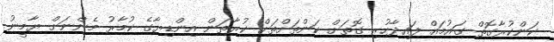
ކަންކުރާގޮތް ގައުމައް ފައިދާހުރި ގޮތަށް ކަންތަށްތަށް ކުރާތަން އިންޑިޔާގެ ކުމާރު މެންނަށް ޔާމީނު